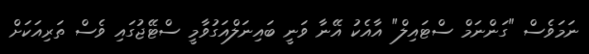
ނަމަވެސް "ގަންނަމް ސްޓައިލް" އާއެކު އޭނާ ވަނީ ބައިނަލްއަގުވާމީ ސްޓޭޖުގައި ވެސް ތަރިއަކަށް